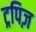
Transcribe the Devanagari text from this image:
ट्रपिज़